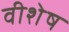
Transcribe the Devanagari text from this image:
वीशेष